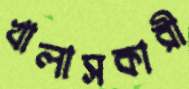
খালাসকারী